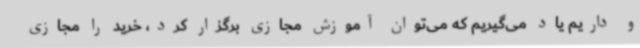
و داریم یاد می‌گیریم که می‌توان آموزش مجازی برگزار کرد، خرید را مجازی